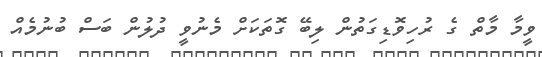
ވީމާ މާތް ގެ ރުހިވޮޑިގަތުން ލިބޭ ގޮތަކަށް މެނުވީ ދުލުން ބަސް ބުނުމެއް